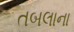
તબલાના